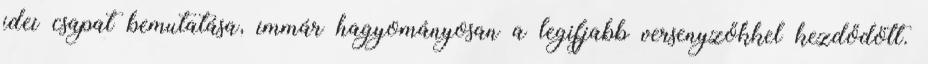
idei csapat bemutatása, immár hagyományosan a legifjabb versenyzőkkel kezdődött.